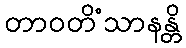
တာဝတိံသာနန္တိ